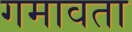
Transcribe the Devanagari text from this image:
गमावता